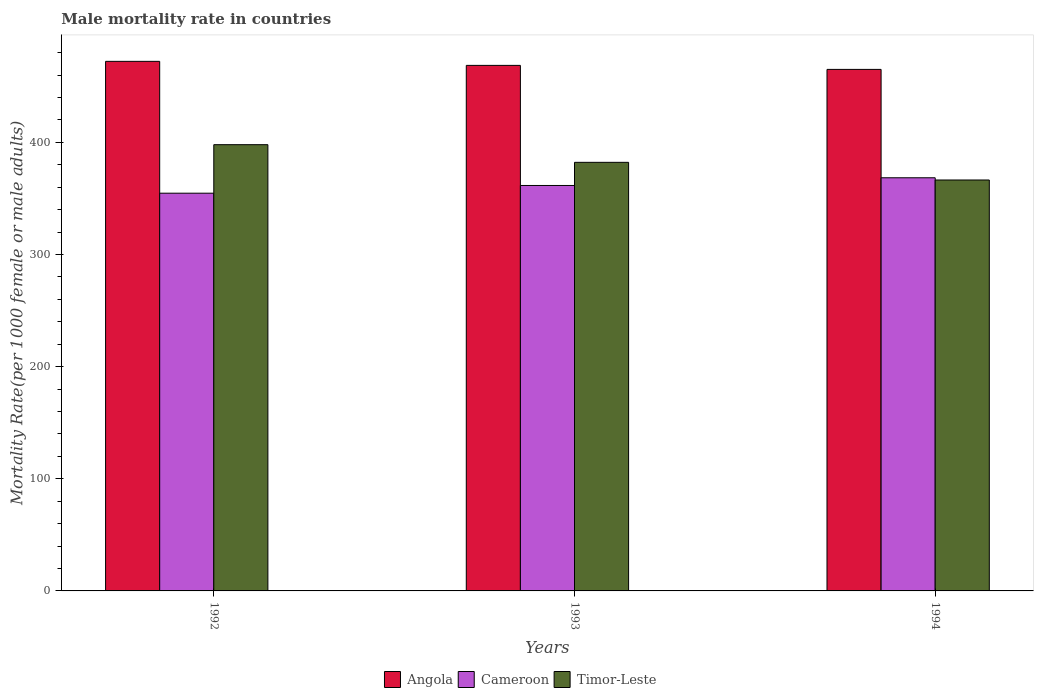
| Years | Angola | Cameroon | Timor-Leste |
 | --- | --- | --- | --- |
 | 1992 | 472 | 355 | 398 |
 | 1993 | 469 | 362 | 382 |
 | 1994 | 465 | 368 | 366 |